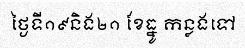
ថ្ងៃទី១៩និង២១ ខែធ្នូ កន្លងទៅ